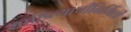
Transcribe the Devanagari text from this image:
साहित्याचीनिर्मिती